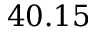
4 0 . 1 5